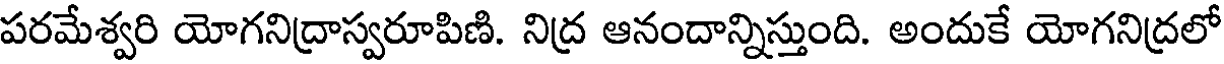
పరమేశ్వరి యోగనిద్రాస్వరూపిణి. నిద్ర ఆనందాన్నిస్తుంది. అందుకే యోగనిద్రలో